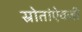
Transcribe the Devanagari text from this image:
स्रोतांऐवजी